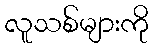
လူသစ်များကို